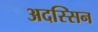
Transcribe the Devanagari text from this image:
अदस्सिन